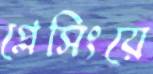
প্লেসিংয়ে